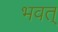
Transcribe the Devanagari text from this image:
भवत्